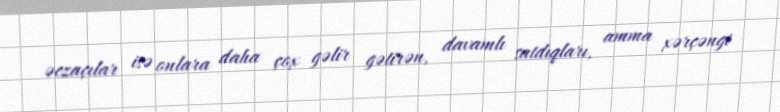
əczaçılar isə onlara daha çox gəlir gətirən, davamlı satdıqları, amma xərçəngi